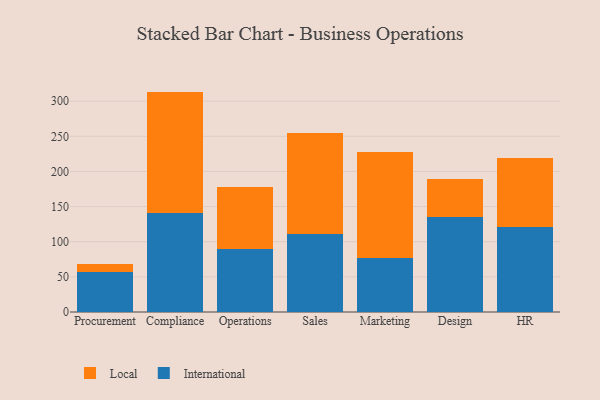
{"axis": {"x": "Department", "y": "Temperature (°C)"}, "legend": ["International", "Local"], "data": [{"x": "Procurement", "y": 56.3, "type": "International"}, {"x": "Procurement", "y": 11.7, "type": "Local"}, {"x": "Compliance", "y": 140.3, "type": "International"}, {"x": "Compliance", "y": 173.3, "type": "Local"}, {"x": "Operations", "y": 89.8, "type": "International"}, {"x": "Operations", "y": 88.5, "type": "Local"}, {"x": "Sales", "y": 111.2, "type": "International"}, {"x": "Sales", "y": 143.2, "type": "Local"}, {"x": "Marketing", "y": 76.5, "type": "International"}, {"x": "Marketing", "y": 151.7, "type": "Local"}, {"x": "Design", "y": 134.6, "type": "International"}, {"x": "Design", "y": 55.0, "type": "Local"}, {"x": "HR", "y": 121.2, "type": "International"}, {"x": "HR", "y": 97.6, "type": "Local"}]}